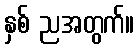
နှစ် ညအတွက်။